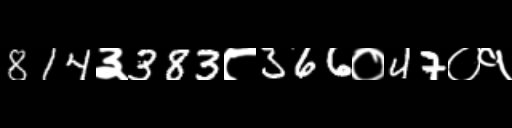
Text: 814३383८366०47०१